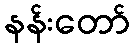
နန်းတော်